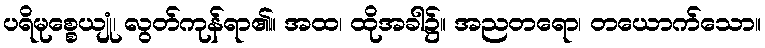
ပရိမုစ္စေယျုံ၊ လွတ်ကုန်ရာ၏။ အထ၊ ထိုအခါ၌။ အညတရော၊ တယောက်သော။